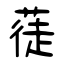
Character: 蓗